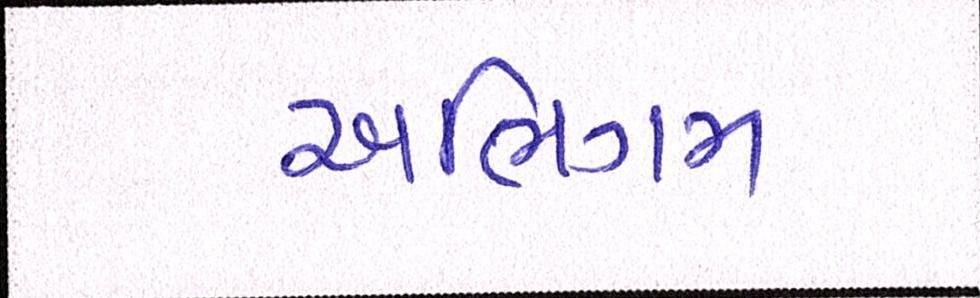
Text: અભિગમ